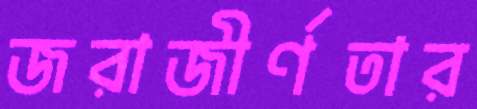
জরাজীর্ণতার